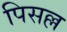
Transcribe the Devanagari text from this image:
पिसल्ल